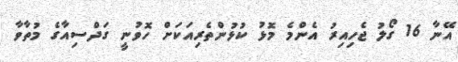
އޭނާ 16 ގޯލު ޖެހިއިރު އެންމެ މޮޅު ކުޅުންތެރިއަކަށް ހޮވުނީ ގަދްސިއާގެ މުތާވާ